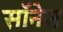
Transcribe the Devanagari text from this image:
सॉनेस